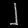
Digit: ၂